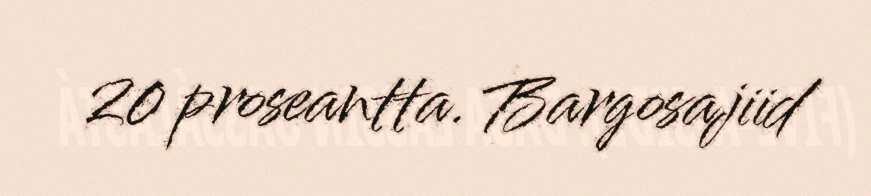
20 proseantta. Bargosajiid